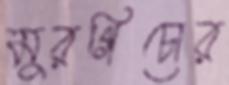
মুরগিচোর